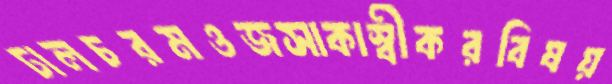
ঢালচরমওজসাকাস্বীকরবিষয়